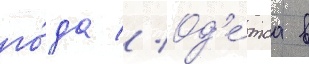
го́да // Од'е́таа в